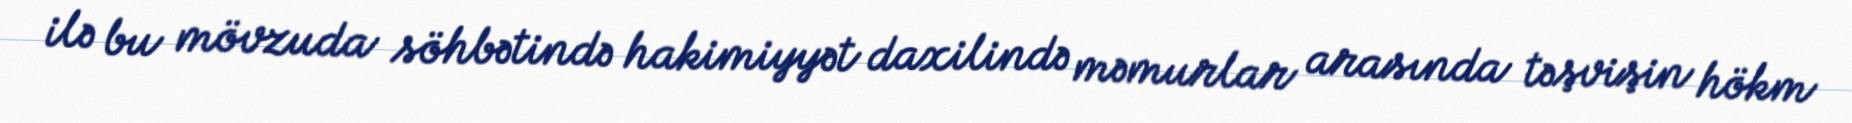
ilə bu mövzuda söhbətində hakimiyyət daxilində məmurlar arasında təşvişin hökm